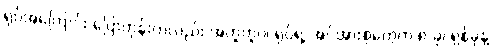
ရုပ်အကြောင်း ပြောတုန်းကလည်း အတူတူပဲ၊ ရုပ်ရဲ့ အင်အားစုတွေက ၈-ခု၊ ရှစ်ခုနဲ့